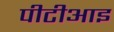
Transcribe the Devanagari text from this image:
पीटीआइ